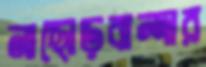
নাছোড়বান্দার